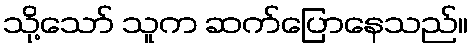
သို့သော် သူက ဆက်ပြောနေသည်။